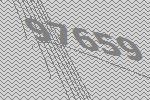
97659